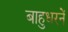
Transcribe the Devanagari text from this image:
बाहुधरनें